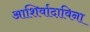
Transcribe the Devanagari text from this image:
आशिर्वादाविना